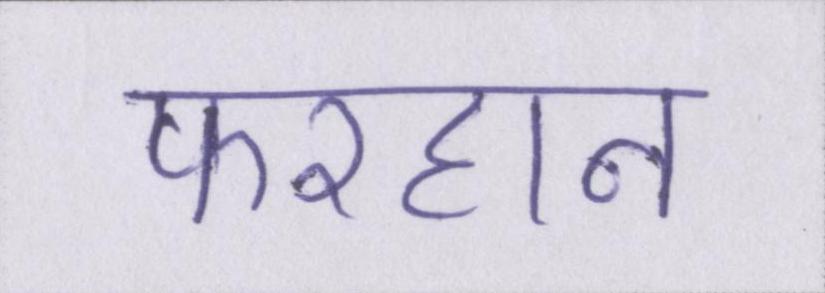
फरहान